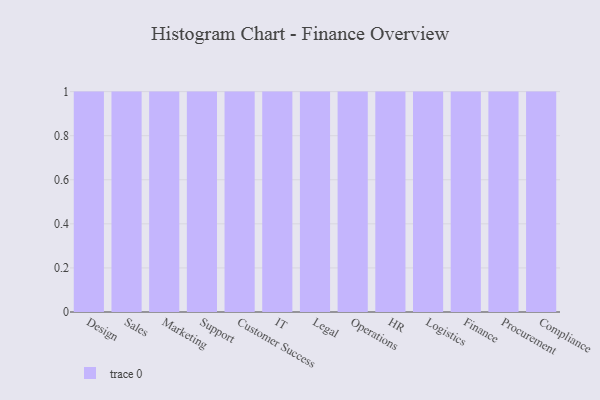
{"axis": {"x": "Department", "y": "Budget (USD K)"}, "legend": [""], "data": [{"x": "Design", "y": 63, "type": ""}, {"x": "Sales", "y": 2, "type": ""}, {"x": "Marketing", "y": 80, "type": ""}, {"x": "Support", "y": 97, "type": ""}, {"x": "Customer Success", "y": 97, "type": ""}, {"x": "IT", "y": 46, "type": ""}, {"x": "Legal", "y": 86, "type": ""}, {"x": "Operations", "y": 69, "type": ""}, {"x": "HR", "y": 82, "type": ""}, {"x": "Logistics", "y": 26, "type": ""}, {"x": "Finance", "y": 11, "type": ""}, {"x": "Procurement", "y": 97, "type": ""}, {"x": "Compliance", "y": 5, "type": ""}]}